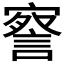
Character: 𭔙